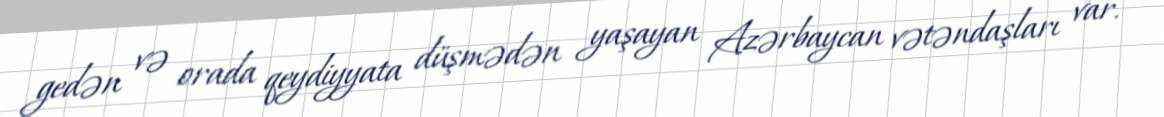
gedən və orada qeydiyyata düşmədən yaşayan Azərbaycan vətəndaşları var.